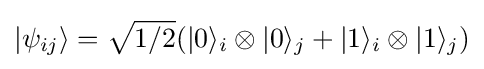
|\psi _{ij}\rangle ={\sqrt {1/2}}(|0\rangle _{i}\otimes |0\rangle _{j}+|1\rangle _{i}\otimes |1\rangle _{j})